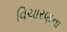
વિચારણના